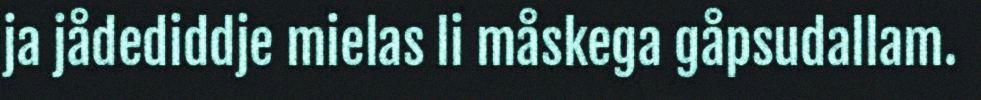
ja jådediddje mielas li måskega gåpsudallam.